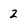
Character: 2